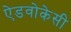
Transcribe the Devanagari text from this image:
ऐडवोकेसी